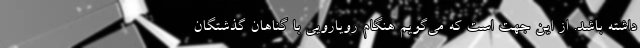
داشته باشد. از این جهت است که می‌گویم هنگام رویارویی با گناهان گذشتگان